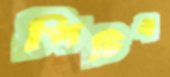
পিটিএ